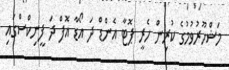
މަޝްހޫރުވުމުގެ ކުރިން ހެރީ ޕޮޓާ އެންޑް ދަ އޯޑާ އޮފް ދަ ފީނިކްސްގައި